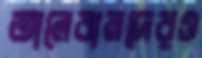
তালেবানদেরও